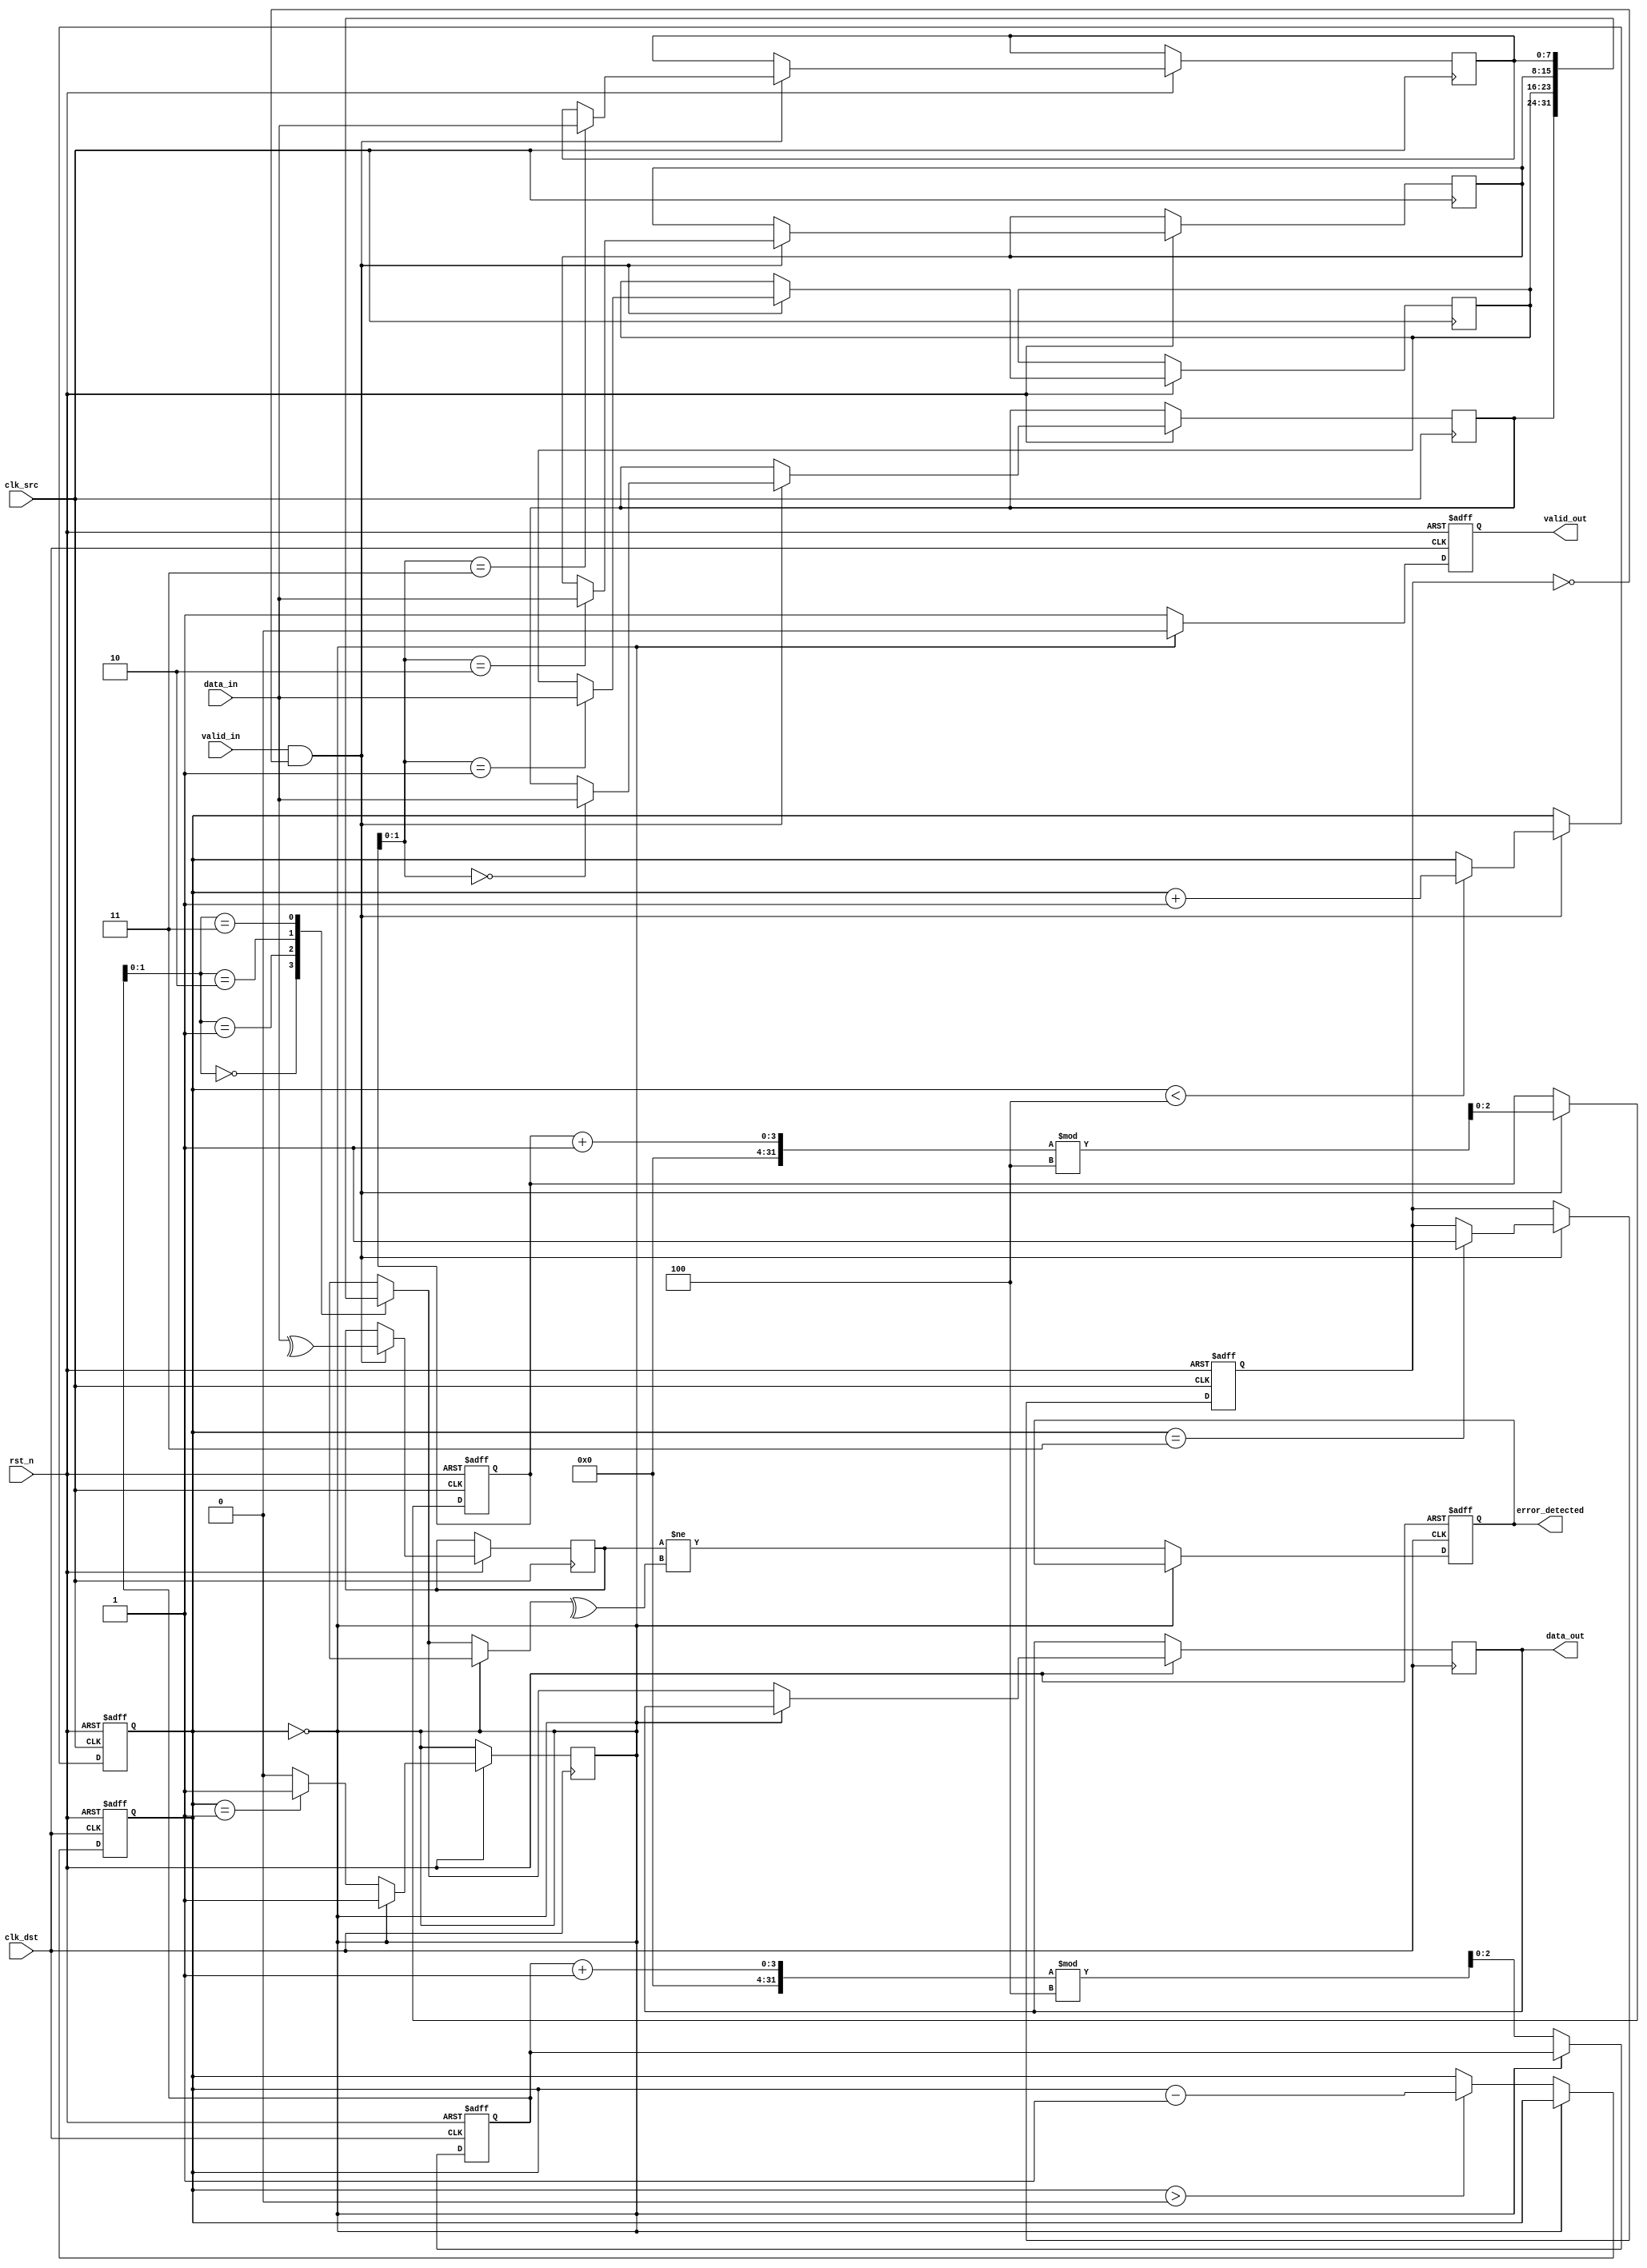
module MemoryBlocksPipelineSynchronizer #(
    parameter DATA_WIDTH = 8,
    parameter FIFO_DEPTH = 4
)(
    input wire clk_src,               // Source clock
    input wire clk_dst,               // Destination clock
    input wire rst_n,                 // Asynchronous reset (active low)
    input wire [DATA_WIDTH-1:0] data_in, // Data input
    input wire valid_in,              // Valid signal for incoming data
    output reg [DATA_WIDTH-1:0] data_out, // Data output
    output reg valid_out,             // Valid signal for outgoing data
    output reg error_detected         // Error detection signal
);

    // FIFO Buffer
    reg [DATA_WIDTH-1:0] fifo [0:FIFO_DEPTH-1];
    reg [2:0] write_ptr;              // Write pointer
    reg [2:0] read_ptr;               // Read pointer
    reg [3:0] count;                  // Number of elements in FIFO

    // Handshake signals
    reg fifo_full;
    reg fifo_empty;

    // Simple parity bit for error detection
    reg parity_bit;

    // Synchronizer using dual flop method
    reg [DATA_WIDTH-1:0] sync_ff1;
    reg [DATA_WIDTH-1:0] sync_ff2;
    
    // Write to FIFO
    always @(posedge clk_src or negedge rst_n) begin
        if (!rst_n) begin
            write_ptr <= 0;
            count <= 0;
            fifo_full <= 0;
        end else if (valid_in && !fifo_full) begin
            fifo[write_ptr] <= data_in;
            parity_bit <= ^data_in; // Calculate parity
            write_ptr <= (write_ptr + 1) % FIFO_DEPTH;
            if (count < FIFO_DEPTH) count <= count + 1;
            if (count == FIFO_DEPTH - 1) fifo_full <= 1;
        end
    end

    // Read from FIFO
    always @(posedge clk_dst or negedge rst_n) begin
        if (!rst_n) begin
            read_ptr <= 0;
            count <= 0;
            valid_out <= 0;
            error_detected <= 0;
        end else if (!fifo_empty) begin
            data_out <= fifo[read_ptr];
            error_detected <= (parity_bit != ^fifo[read_ptr]); // Check parity
            read_ptr <= (read_ptr + 1) % FIFO_DEPTH;
            valid_out <= 1; // Assert valid output
            if (count > 0) count <= count - 1;
            if (count == 1) fifo_empty <= 1;
        end else begin
            valid_out <= 0; // Deassert valid output if empty
        end
    end

    // Synchronization logic
    always @(posedge clk_dst or negedge rst_n) begin
        if (!rst_n) begin
            sync_ff1 <= 0;
            sync_ff2 <= 0;
        end else begin
            sync_ff1 <= data_out;  // First stage of synchronization
            sync_ff2 <= sync_ff1;   // Second stage of synchronization
        end
    end

    // FIFO empty logic
    assign fifo_empty = (count == 0);

endmodule